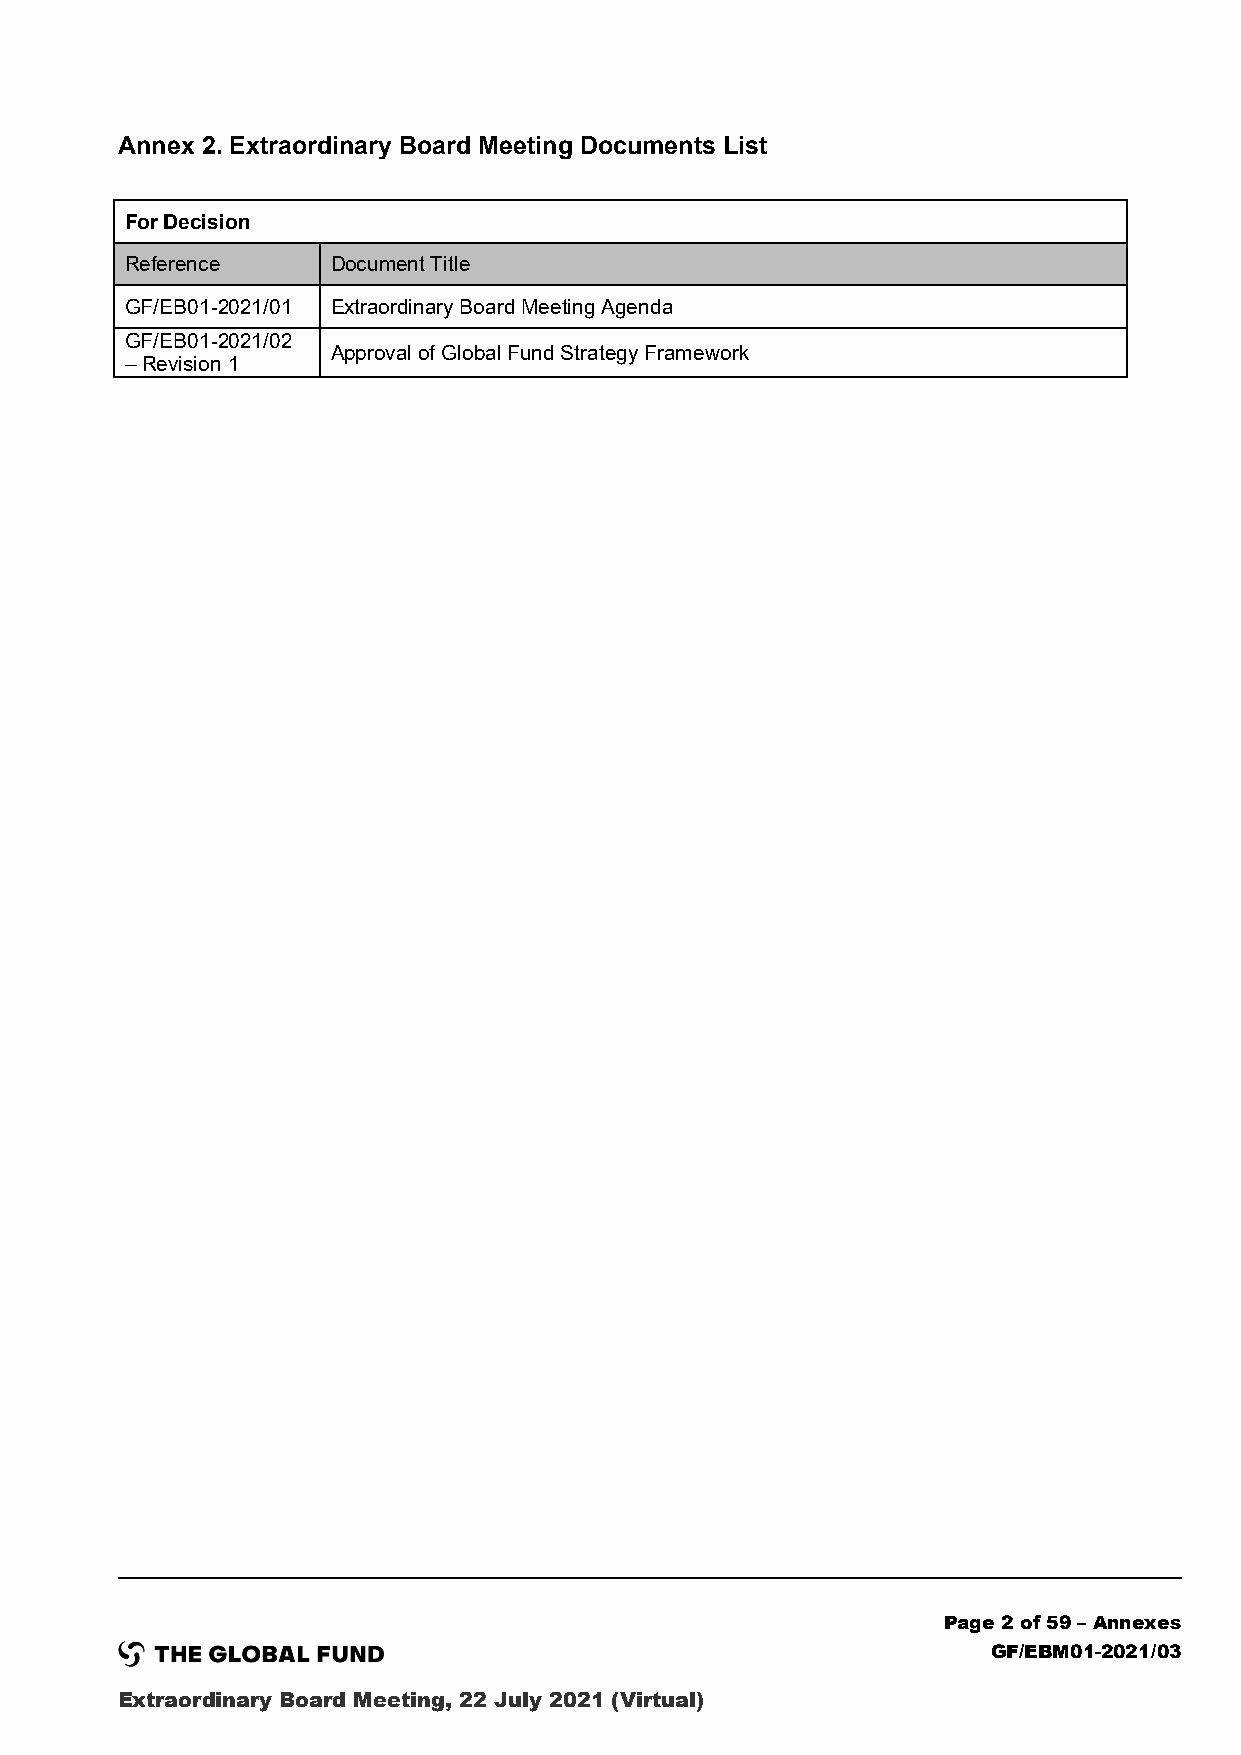
Annex 2. Extraordinary Board Meeting Documents List
 For Decision
 Reference     Document Title
 GF/EB01-2021/01 Extraordinary Board Meeting Agenda
 GF/EB01-2021/02
 Approval of Global Fund Strategy Framework
 – Revision 1
 Page 2 of 59 – Annexes
 GF/EBM01-2021/03
 Extraordinary Board Meeting, 22 July 2021 (Virtual)